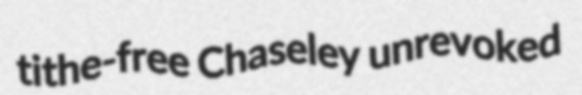
tithe-free Chaseley unrevoked